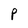
Character: P